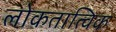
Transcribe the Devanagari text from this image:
लोकतात्विक